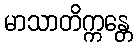
မာသာတိက္ကန္တေ